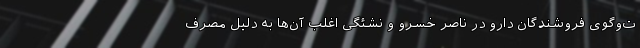
ت‌وگوی فروشندگان دارو در ناصر خسرو و نشئگی اغلب آن‌ها به دلیل مصرف